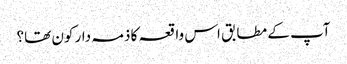
آپ کے مطابق اس واقعہ کا ذمہ دار کون تھا؟